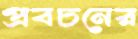
প্রবচনের